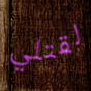
لقتلي